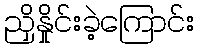
ညှိနှိုင်းခဲ့ကြောင်း